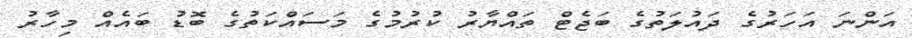
އަންނަ އަހަރުގެ ދައުލަތުގެ ބަޖެޓް ތައްޔާރު ކުރުމުގެ މަސައްކަތުގެ ބޮޑު ބައެއް މިހާރު